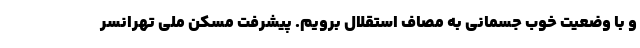
و با وضعیت خوب جسمانی به مصاف استقلال برویم. پیشرفت مسکن ملی تهرانسر